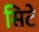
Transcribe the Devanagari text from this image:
सिटे